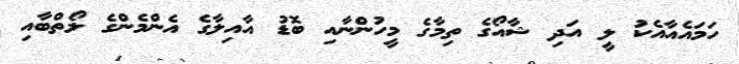
ހަމައެއާއެކު ލީ އަދި ޝާއޯގެ ތިމާގެ މީހުންނާއި ބޮޑު އާއިލާގެ އެންމެންގެ ލޯތްބާއި